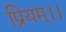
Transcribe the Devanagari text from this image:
प्रियम्।।